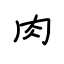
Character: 肉